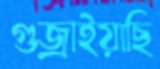
গুজ্‌রাইয়াছি